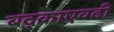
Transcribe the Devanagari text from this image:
बद्काएवढी